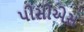
પીસીએસ